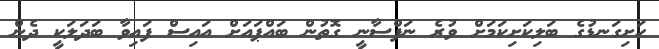
ހަށިގަނޑުގެ ބަލިކަށިކަމަށް ވުރެ ނަފްސާނީ ގޮތުން ބައްޕައަށް އައިސް ފައިވާ ބަދަލަކީ ދެން